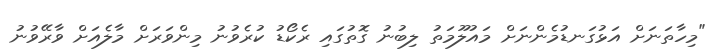
"މިހާތަނަށް އަޅުގަނޑުމެންނަށް މައުލޫމަތު ލިބުނު ގޮތުގައި ރެކޯޑު ކުރެވުނު މިންވަރަށް މާލެއަށް ވާރޭވުނު